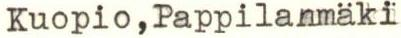
Kuopio,Pappilanmäki